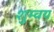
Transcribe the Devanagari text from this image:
शुम्वय